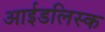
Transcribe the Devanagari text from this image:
आईडलिस्क